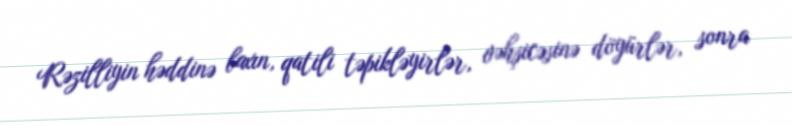
Rəzilliyin həddinə baxın, qatili təpikləyirlər, vəhşicəsinə döyürlər, sonra